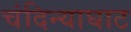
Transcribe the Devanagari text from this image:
चंदिन्याघाट